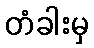
တံခါးမှ